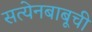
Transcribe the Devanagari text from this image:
सत्येनबाबूची